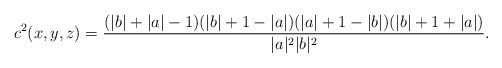
\begin{align*}c^2(x,y,z)=\frac{(|b|+|a|-1)(|b|+1-|a|)(|a|+1-|b|)(|b|+1+|a|)}{|a|^2|b|^2}.\end{align*}